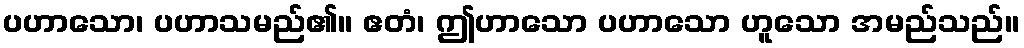
ပဟာသော၊ ပဟာသမည်၏။ ဧတံ၊ ဤဟာသော ပဟာသော ဟူသော အမည်သည်။